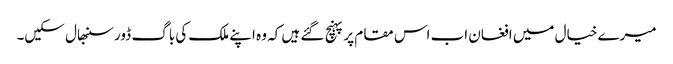
میرے خیال میں افغان اب اس مقام پر پہنچ گئے ہیں کہ وہ اپنے ملک کی باگ ڈور سنبھال سکیں۔